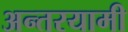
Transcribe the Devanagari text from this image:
अन्‍तरयामी